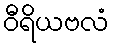
ဝီရိယဗလံ